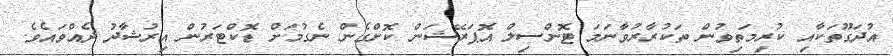
އުދަގޫތަކާއި ކުރިމަތިވުން ތަކުރާރުވާނަމަ ޓޮންސިލް އޮޕަރޭޝަން ކޮށްގެން ނެގުމަށް ޑޮކްޓަރުން އިރުޝާދު ދެއްވައެވެ.